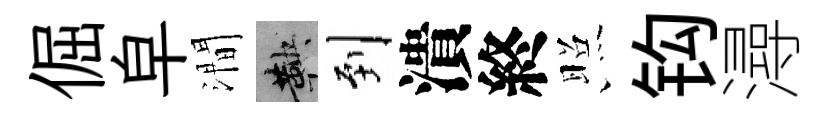
倔皁澗鞅到潰終照钩潯